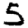
Digit: 5